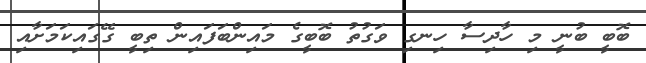
ބޮބީ ބުނީ މި ހާދިސާ ހިނގި ވަގުތު ބޮބީގެ މައިންބަފައިން ތިބީ ގޭގައިކަމަށާއި